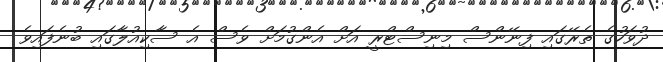
ދުވަހުގެ ތެރޭގައި ފިނޭންސް މިނިސްޓްރީ އަށް އެންގުމަށް ވެސް އެ ސާކިއުލާގައި ބުނެފައިވެ